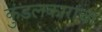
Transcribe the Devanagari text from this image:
कुंडलकारांचा